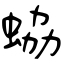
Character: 蛠